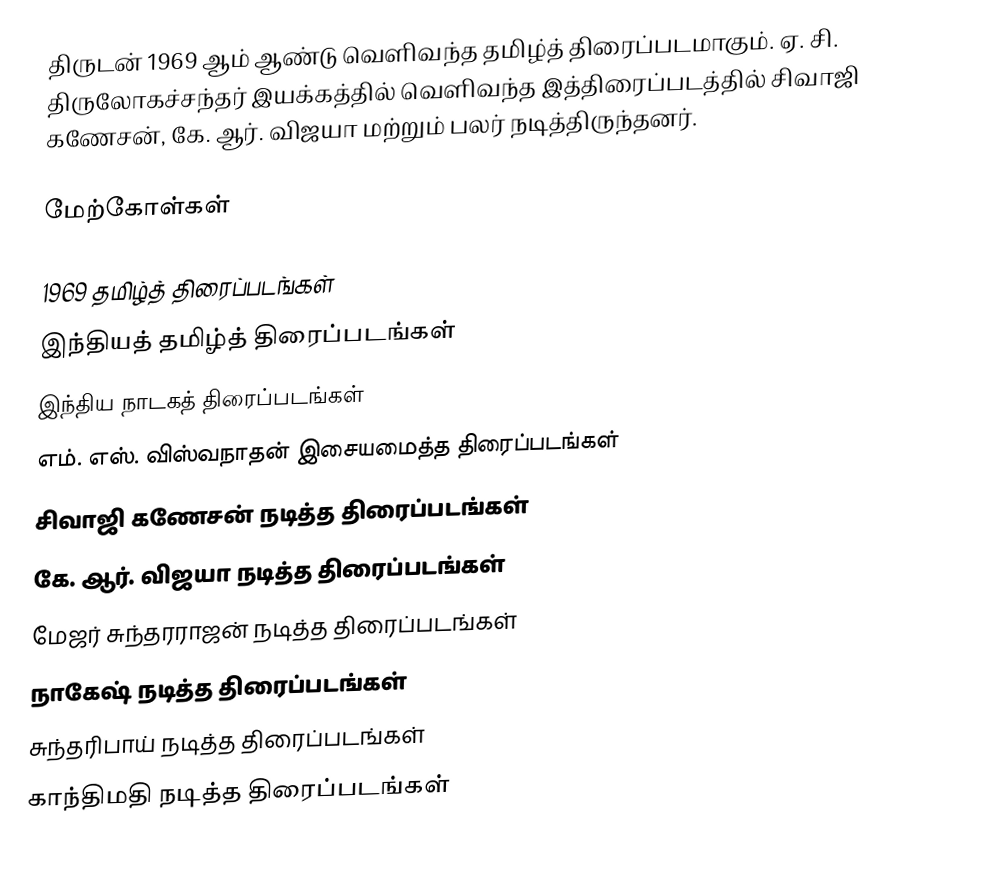
திருடன் 1969 ஆம் ஆண்டு வெளிவந்த தமிழ்த் திரைப்படமாகும். ஏ. சி. திருலோகச்சந்தர் இயக்கத்தில் வெளிவந்த இத்திரைப்படத்தில் சிவாஜி கணேசன், கே. ஆர். விஜயா மற்றும் பலர் நடித்திருந்தனர்.

மேற்கோள்கள்

1969 தமிழ்த் திரைப்படங்கள்
இந்தியத் தமிழ்த் திரைப்படங்கள்
இந்திய நாடகத் திரைப்படங்கள்
எம். எஸ். விஸ்வநாதன் இசையமைத்த திரைப்படங்கள்
சிவாஜி கணேசன் நடித்த திரைப்படங்கள்
கே. ஆர். விஜயா நடித்த திரைப்படங்கள்
மேஜர் சுந்தரராஜன் நடித்த திரைப்படங்கள்
நாகேஷ் நடித்த திரைப்படங்கள்
சுந்தரிபாய் நடித்த திரைப்படங்கள்
காந்திமதி நடித்த திரைப்படங்கள்